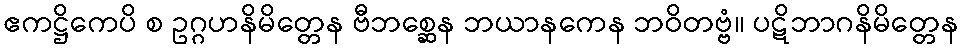
ဧကဋ္ဌိကေပိ စ ဥဂ္ဂဟနိမိတ္တေန ဗီဘစ္ဆေန ဘယာနကေန ဘဝိတဗ္ဗံ။ ပဋိဘာဂနိမိတ္တေန